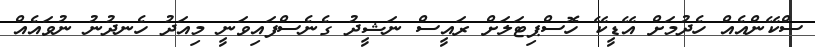
ސްކޭންއެއް ހެދުމަށް އޭޑީކޭ ހޮސްޕިޓަލަށް ރައީސް ނަޝީދު ގެނެސްފައިވަނީ މިއަދު ހެނދުނު ނުވައެއް